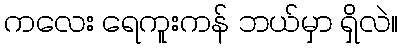
ကလေး ရေကူးကန် ဘယ်မှာ ရှိလဲ။